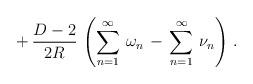
LaTeX: \begin{align*}\,+\,\frac{D-2}{2R}\,\left(\sum_{n=1}^{\infty}\,\omega_n\,-\,\sum_{n=1}^{\infty}\,\nu_n\right)\,{.}\end{align*}